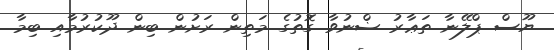
ޔޫސް ޕްލޭނާ ތަޢާރު ޟްނުވާ ގޮތުގެ މަތިން ރަށުން ބިން ދޫކުރުމާއި ބިމާ